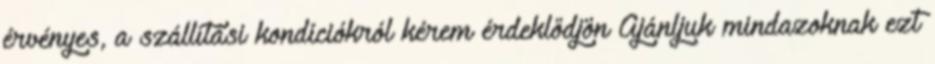
érvényes, a szállítási kondíciókról kérem érdeklődjön Ajánljuk mindazoknak ezt